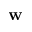
\mathbf { w }